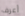
أعرف